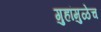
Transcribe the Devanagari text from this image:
गुहांमुळेच